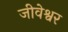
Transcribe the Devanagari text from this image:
जीवेश्वर